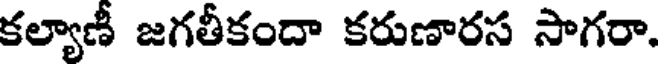
కల్యాణీ జగతీకందా కరుణారస సాగరా.